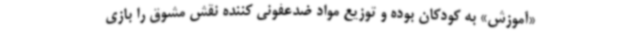
«آموزش» به کودکان بوده و توزیع مواد ضدعفونی کننده نقش مشوق را بازی